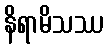
နိရာမိသဿ